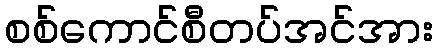
စစ်ကောင်စီတပ်အင်အား